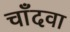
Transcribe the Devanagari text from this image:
चाँदवा